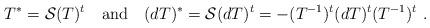
LaTeX: \begin{align*}T^{*}={\cal S}(T)^{t}~~~\mbox{and}~~~(dT)^{*}={\cal S}(dT)^{t}=-(T^{-1})^{t}(dT)^{t}(T^{-1})^{t}~. \end{align*}